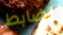
لضابط